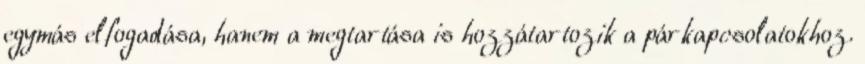
egymás elfogadása, hanem a megtartása is hozzátartozik a párkapcsolatokhoz.